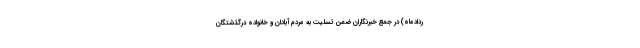
ردادماه) در جمع خبرنگاران ضمن تسلیت به مردم آبادان و خانواده درگذشتگان